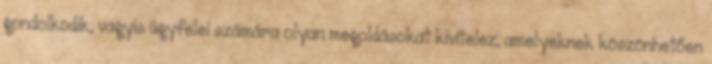
gondolkodik, vagyis ügyfelei számára olyan megoldásokat kivitelez, amelyeknek köszönhetően